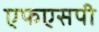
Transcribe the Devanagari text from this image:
एफएसपी